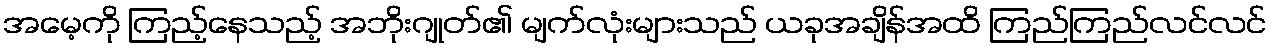
အမေ့ကို ကြည့်နေသည့် အဘိုးဂျုတ်၏ မျက်လုံးများသည် ယခုအချိန်အထိ ကြည်ကြည်လင်လင်